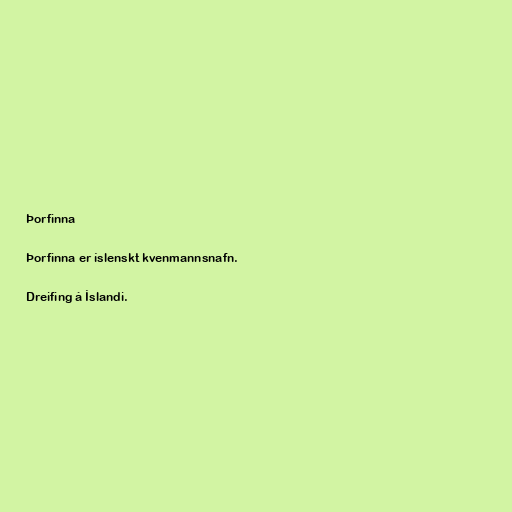
Þorfinna

Þorfinna er íslenskt kvenmannsnafn.

Dreifing á Íslandi.